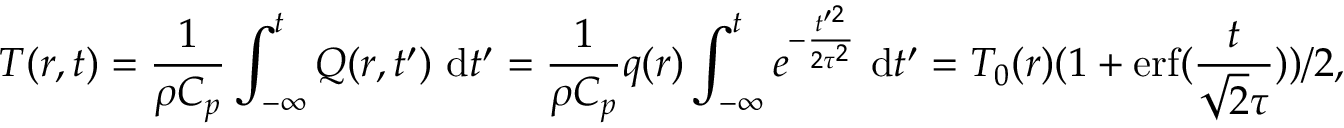
T ( \boldsymbol { r } , t ) = \frac { 1 } { \rho C _ { p } } \int _ { - \infty } ^ { t } Q ( \boldsymbol { r } , t ^ { \prime } ) \mathrm { ~ d } t ^ { \prime } = \frac { 1 } { \rho C _ { p } } q ( \boldsymbol { r } ) \int _ { - \infty } ^ { t } e ^ { - \frac { t ^ { \prime 2 } } { 2 \tau ^ { 2 } } } \mathrm { ~ d } t ^ { \prime } = T _ { 0 } ( \boldsymbol { r } ) ( 1 + \mathrm { e r f } ( \frac { t } { \sqrt { 2 } \tau } ) ) / 2 ,